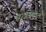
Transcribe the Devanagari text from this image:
पारक्युपाइन